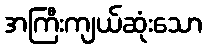
အကြီးကျယ်ဆုံးသော